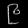
Digit: ၉